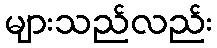
များသည်လည်း